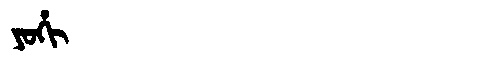
Manchu: ᠶᠣᡥᡳ
Romanization: YOHI